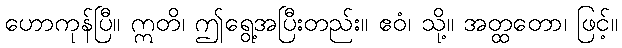
ဟောကုန်ပြီ။ ဣတိ၊ ဤရွေ့အပြီးတည်း။ ဧဝံ၊ သို့။ အတ္ထတော၊ ဖြင့်။